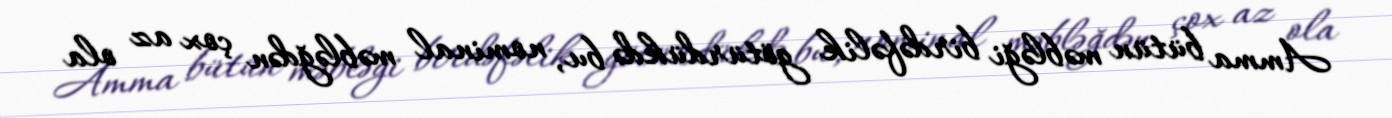
Amma bütün məbləği birdəfəlik götürdükdə bu, nominal məbləğdən çox az ola